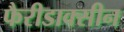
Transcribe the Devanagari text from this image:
फैरीडाक्सीन